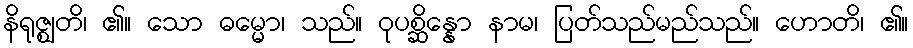
နိရုဇ္ဈတိ၊ ၏။ သော ဓမ္မော၊ သည်။ ဝုပစ္ဆိန္နော နာမ၊ ပြတ်သည်မည်သည်။ ဟောတိ၊ ၏။